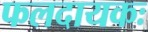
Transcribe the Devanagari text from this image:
फलदायकः